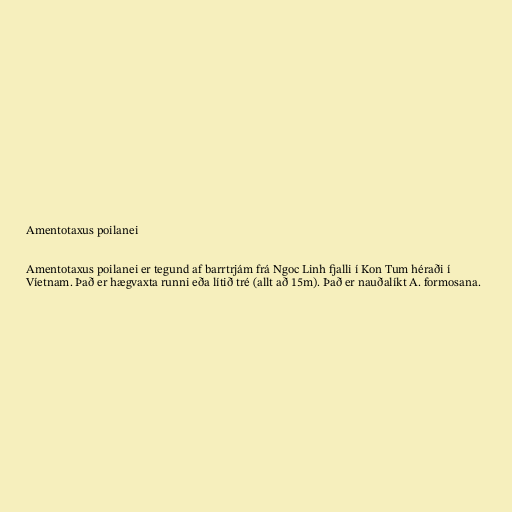
Amentotaxus poilanei

Amentotaxus poilanei er tegund af barrtrjám frá Ngoc Linh fjalli í Kon Tum héraði í
Víetnam. Það er hægvaxta runni eða lítið tré (allt að 15m). Það er nauðalíkt A. formosana.